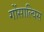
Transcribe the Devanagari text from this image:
गोंसाल्विस